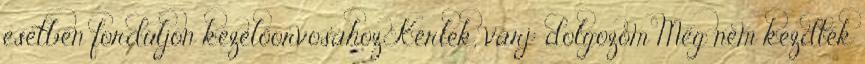
esetben forduljon kezelőorvosához Kérlek, várj: dolgozom Még nem kezdték